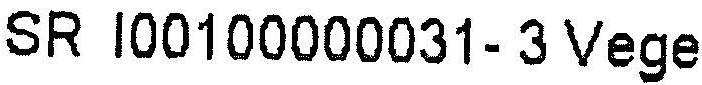
SR I00100000031- 3 VEGE